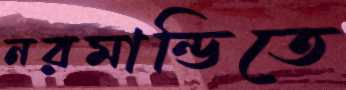
নরমান্ডিতে